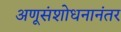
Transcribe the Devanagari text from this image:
अणूसंशोधनानंतर